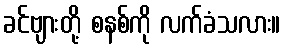
ခင်ဗျားတို့ စနစ်ကို လက်ခံသလား။